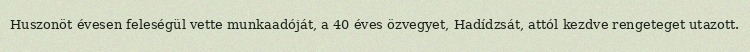
Huszonöt évesen feleségül vette munkaadóját, a 40 éves özvegyet, Hadídzsát, attól kezdve rengeteget utazott.